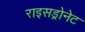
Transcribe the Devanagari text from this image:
राइसड्रोनेट